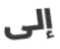
إلى